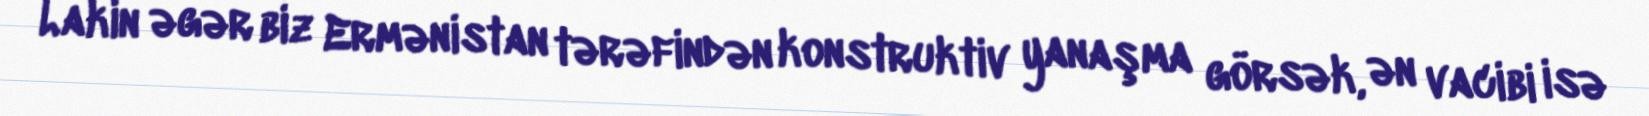
Lakin əgər biz Ermənistan tərəfindən konstruktiv yanaşma görsək, ən vacibi isə